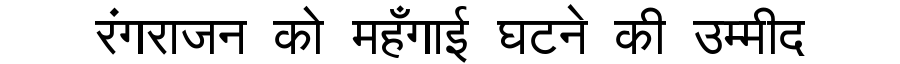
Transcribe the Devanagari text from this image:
रंगराजन को महँगाई घटने की उम्मीद